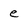
Character: e